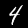
Label: 4